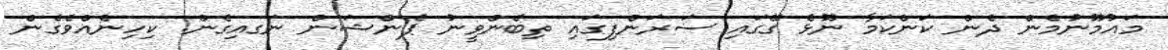
މަައުމޫނުމެން ދެން ކަންކަމާ ނޫޅެ ގޭގައި ސަރަންފިގައި ތިބެންވީނު ޕެންޝަން ނަގއިގެން. ކިހިނެއްވެގެން